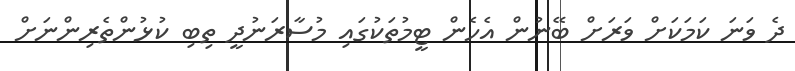
ދެ ވަނަ ކަމަކަށް ވަރަށް ބޭނުން އެހެން ޓީމުތަކުގައި މުސާރަނުދީ ތިބި ކުޅުންތެރިންނަށް